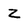
Character: Z